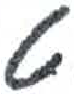
אות: ט